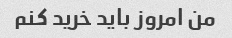
من امروز باید خرید کنم